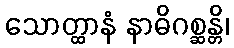
သောတ္ထာနံ နာဓိဂစ္ဆန္တိ၊